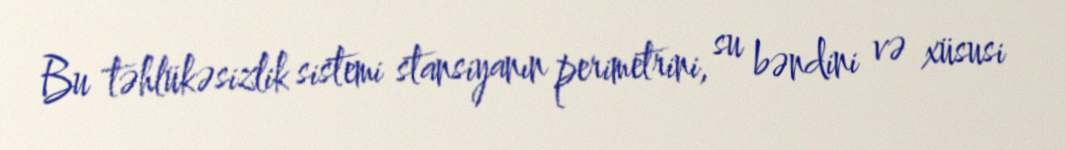
Bu təhlükəsizlik sistemi stansiyanın perimetrini, su bəndini və xüsusi